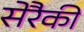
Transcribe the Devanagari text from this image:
सेरैकी